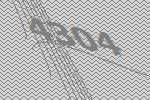
4304